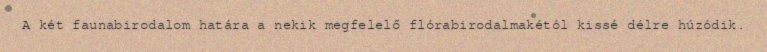
A két faunabirodalom határa a nekik megfelelő flórabirodalmakétól kissé délre húzódik.